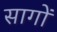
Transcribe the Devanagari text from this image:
सागों